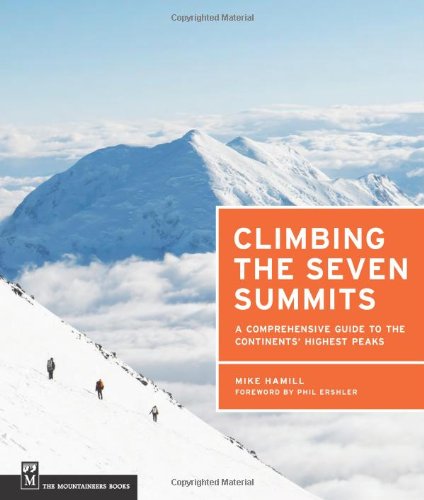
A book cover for Climbing the Seven Summits; Mike Hamill; Sports & Outdoors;